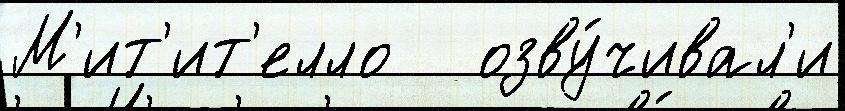
М'ит'ит'елло   озву́чивал'и